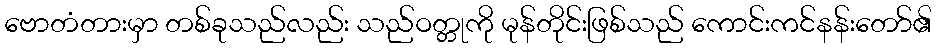
ဗောတံတားမှာ တစ်ခုသည်လည်း သည်ဝတ္တုကို မုန်တိုင်းဖြစ်သည် ကောင်းကင်နန်းတော်၏